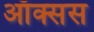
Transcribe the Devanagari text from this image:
ऑक्सस